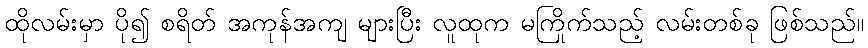
ထိုလမ်းမှာ ပို၍ စရိတ် အကုန်အကျ များပြီး လူထုက မကြိုက်သည့် လမ်းတစ်ခု ဖြစ်သည်။